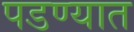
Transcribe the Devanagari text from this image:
पडण्यात